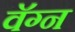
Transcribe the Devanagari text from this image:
वॅग्न